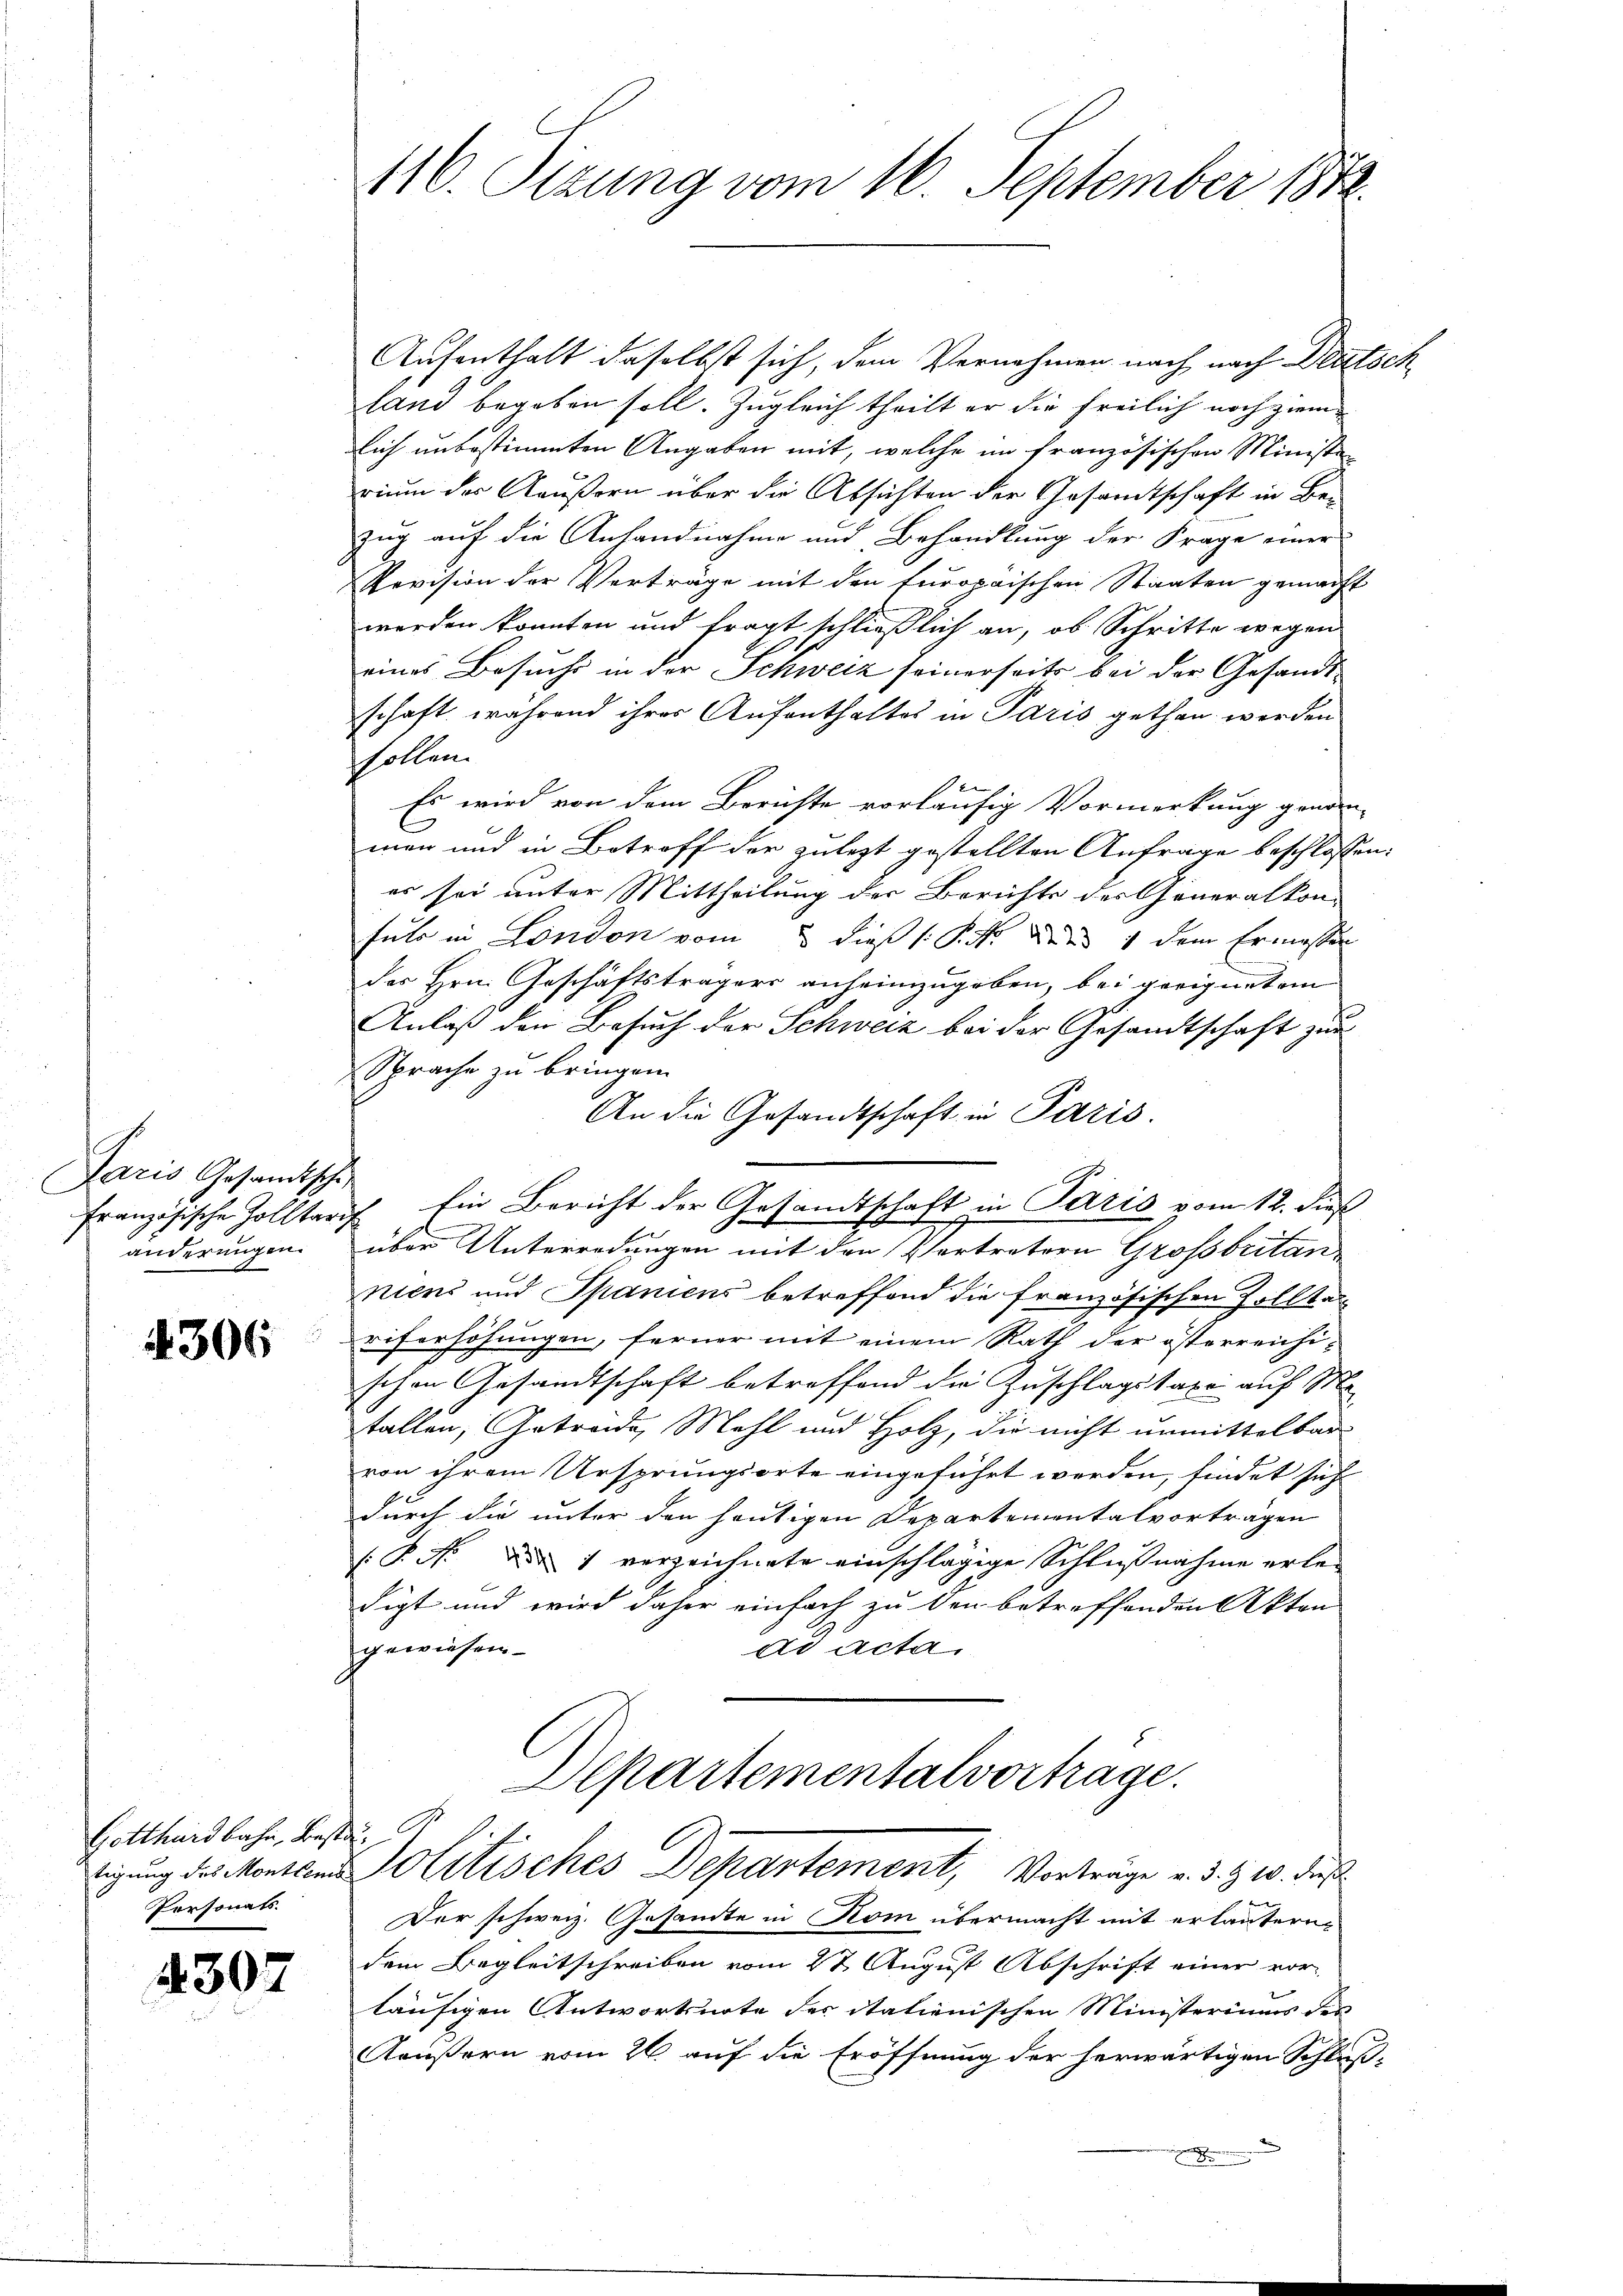
Paris Gesandtsche
anderungen.
d

4306

Aufenthalt daselbst sich, dem Vernehmen nach nach Deutsch
land begeben soll. Zugleich theilt er die freilich noch ziem
lich unbestimmten Angaben mit, welche im französischen Ministe
rium der Aeußern über die Absichten der Gesamtschaft in Bezug auf die Anhandnahme und Behandlung der Frage einer
Revision der Verträge mit den furopäischen Staaten gemacht
werden konnten und fragt schließlich an, ob Schritte wegen
eines Besuchs in der Schweiz seinerseits bei der Gesandtschaft, während ihrer Aufenthaltes in Paris gethan werden
shollen.
Es wird von dem Berichte vorläufig Vormerkung genom-
men und in Betroff der zulezt gestellten Anfrage beschlossen:
es sei unter Mittheilung der Berichts des Generalkon-
fuhr in London vom 2. dieß (: P. M. den 1 dem Ermessen
der Hrn. Geschäftsträgers anheimzugeben, bei geeignetem
Anlaß den Besuch der Schweiz bei der Gesandtschaft zur
Sprache zu bringen.
An die Gesandtschaft in Paris.
französische Zolltarif Ein Bericht der Gesandtschaft in Paris vom 12. dieß
über Unterredungen mit den Vertretern Grossbritan
niers und Spaniens betreffend die französischen Zolltag
riserhöhungen, ferner mit einem Rath der österreichischen Gesandtschaft betreffend die Zuschlagstaxe auf M.
fallen, Getreide Mehl und Holz, die nicht unmittelbar
von ihrem Ursprungsorte eingeführt werden, findet sich
durch die unter den heutigen Departementalvorträgen
.P. Nr. Die 1 verzeichnete einschlägige Schlußnahme erledigt und wird daher einfach zu den betreffenden Akten
ad acta.
gewiesen.
Departementalvortrage.
tigung des Montans Politisches Departement, Vorträge v. 3. zw. dies
|
Der schweiz. Gesandte in Rom übermacht mit erläutern,
dem Begleitschreiben vom 27 August Abschrift einer vor-
läufigen Antwortsnote des Italienischen Ministeriums des
Käußern vom 26. auf die Eröffnung der herwärtigen Schluß-

Gotthardbahn, Besta
Personats.

4307

116. Sizung vom 16. September 1882